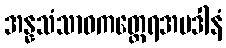
အန္နသံသာဝကတ္ထေရအပဒါနံ